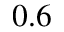
0 . 6